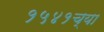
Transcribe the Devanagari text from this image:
१५४१च्या